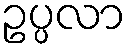
ဥပ္ပလာ